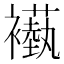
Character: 𬡵